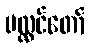
ပလ္လင်တော်